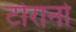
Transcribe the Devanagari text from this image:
टोरानो